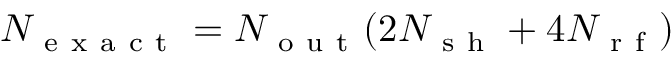
N _ { \mathrm { ~ e ~ x ~ a ~ c ~ t ~ } } = N _ { \mathrm { ~ o ~ u ~ t ~ } } ( 2 N _ { \mathrm { ~ s ~ h ~ } } + 4 N _ { \mathrm { ~ r ~ f ~ } } )